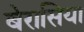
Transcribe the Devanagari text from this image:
बेरासिया